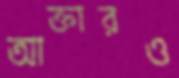
আক্তারও